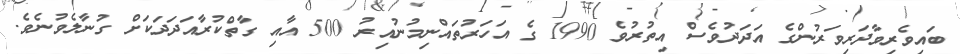
ބައިވެރިވާދަރިވަރުންގެ އަދަދުވެސް އިތުރުވެ 1990 ގެ އަހަރުތައްނިމުނުއިރު 500 އާއި ގާތްކުރާއަދަދަކަށް ގުނާލެވުނެވެ.